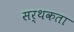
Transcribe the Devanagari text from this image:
सर्थकता